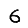
Digit: 6